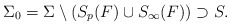
\begin{align*}\Sigma_0 = \Sigma \setminus (S_p(F) \cup S_{\infty}(F)) \supset S.\end{align*}